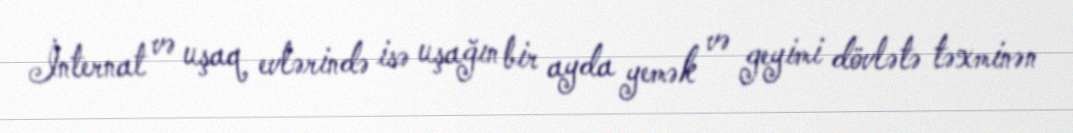
İnternat və uşaq evlərində isə uşağın bir ayda yemək və geyimi dövlətə təxminən